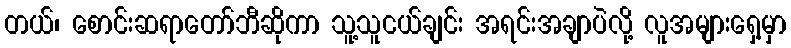
တယ်၊ စောင်းဆရာတော်ဘီဆိုကာ သူ့သူငယ်ချင်း အရင်းအချာပဲလို့ လူအများရှေ့မှာ